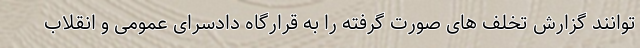
توانند گزارش تخلف های صورت گرفته را به قرارگاه دادسرای عمومی و انقلاب